Haapsalu_Metskond, lk 13
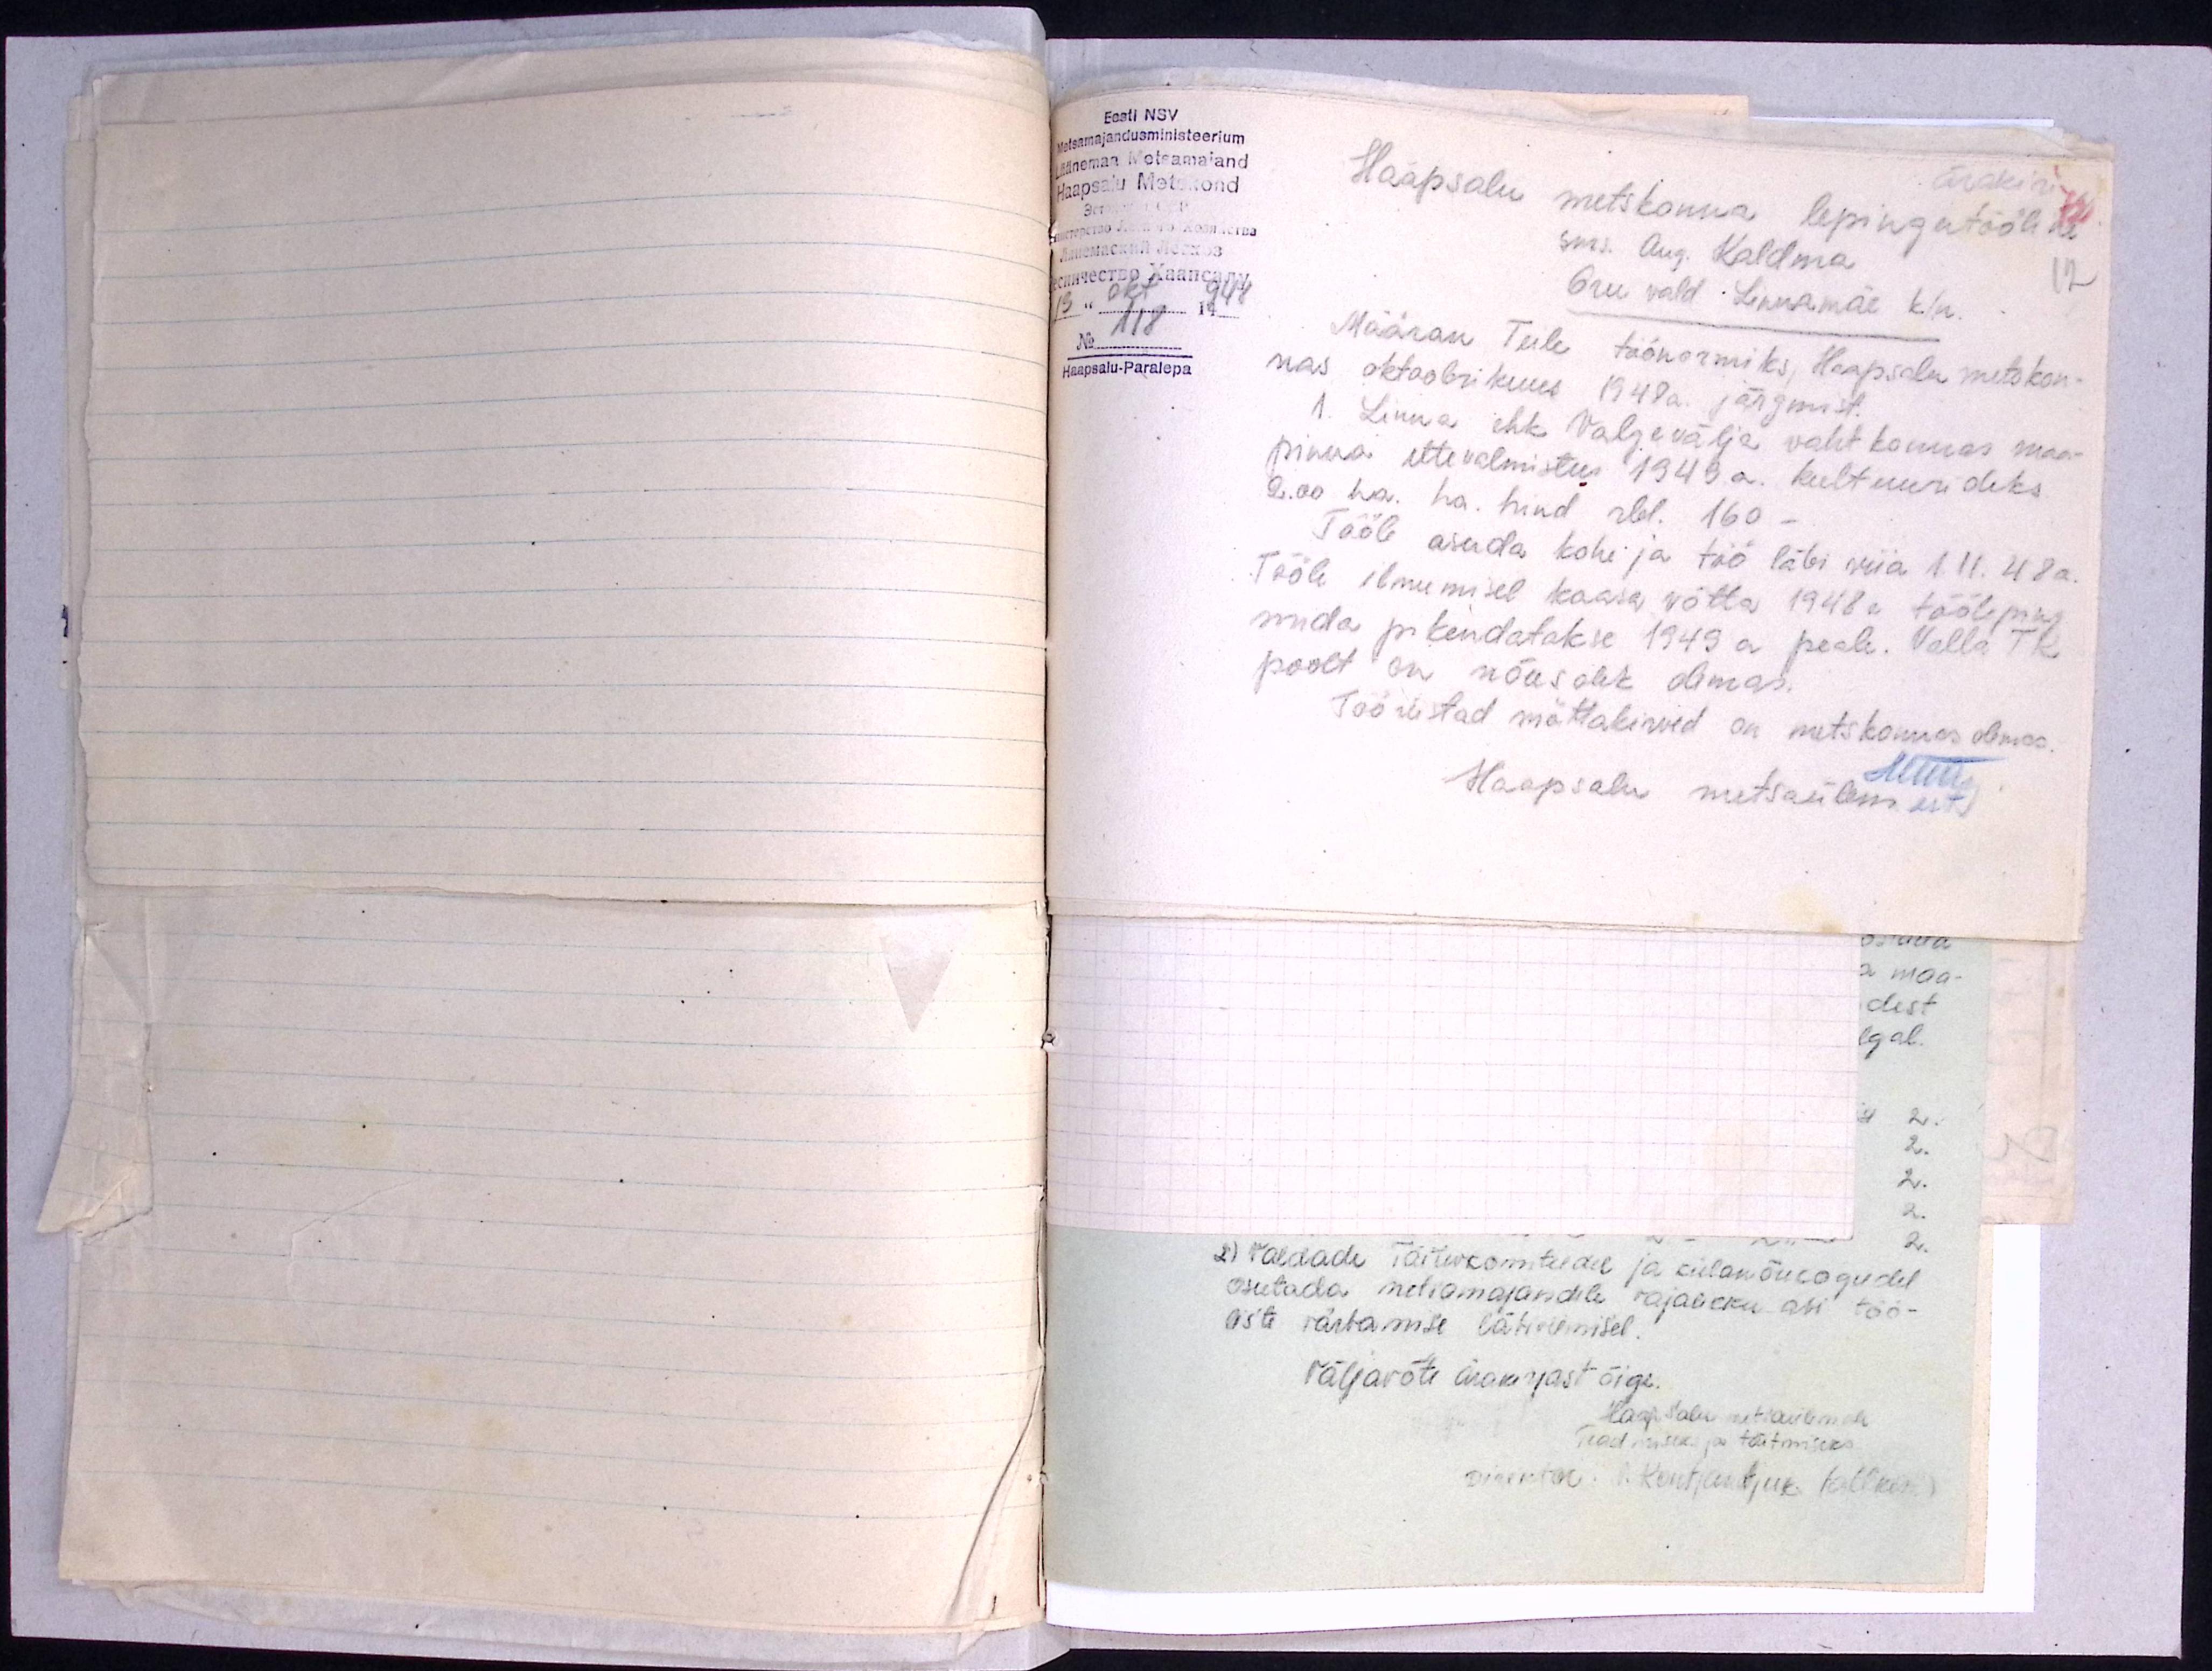
Eesti NSV
Metsamajandusministeerium
Läänemaa Metsamajand
Haapsalu Metskond
ärakiri
Haapsalu metskonna lepingutööline
sm. Aug. Kaldma
12
Oru vald Linnamäe k/n.
13" okt. 1948
No 118
Haapsalu-Paralepa
Määran Teile töönormiks Haapsalu metskon-
nas oktoobrikuus 1948 a. järgmist.
1. Linna ehk Valgevälja vahtkonnas maa-
pinna ettevalmistus 1949 a. kultuurideks
2.00 ha. ha. hind rbl. 160-
Tööle asuda kohe ja töö läbi viia 1.11. 48 a.
Tööle ilmumisel kaasa võtta 1948 a tööleping
mida pikendatakse 1949 a peale. Valla TK
poolt on nõusolek olemas.
Tööriistad mättakirved on metskonnas olemas.
Haapsalu metsaülem